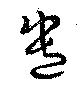
遣